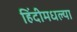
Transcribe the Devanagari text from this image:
हिंदीमधल्या